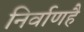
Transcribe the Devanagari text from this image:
निर्वाणहै